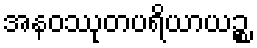
အနဝဿုတပရိယာယဉ္စ